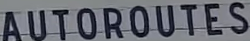
AUTOROUTES